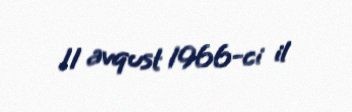
11 avqust 1966-ci il